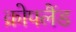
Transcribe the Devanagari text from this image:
क्रोपलैंड